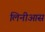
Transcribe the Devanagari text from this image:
लिनीआस